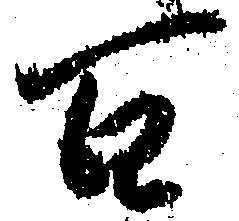
百